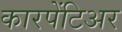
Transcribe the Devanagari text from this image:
कारपेंटिअर